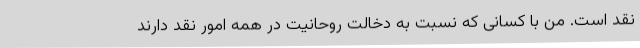
نقد است. من با کسانی که نسبت به دخالت روحانیت در همه امور نقد دارند